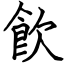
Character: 飮